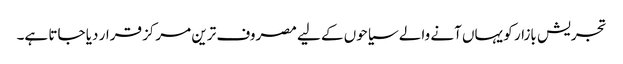
تجریش بازار کو یہاں آنے والے سیاحوں کے لیے مصروف ترین مرکز قرار دیا جاتا ہے۔